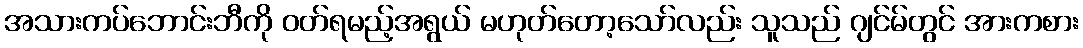
အသားကပ်ဘောင်းဘီကို ဝတ်ရမည့်အရွယ် မဟုတ်တော့သော်လည်း သူသည် ဂျင်မ်တွင် အားကစား